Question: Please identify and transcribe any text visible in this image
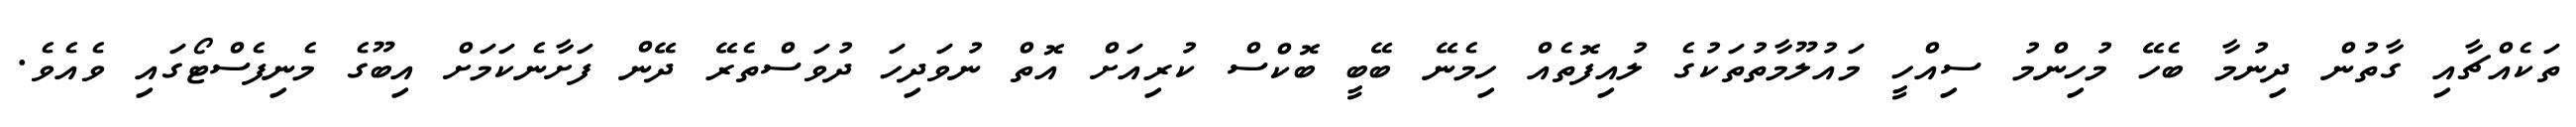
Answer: ތަކެއްޗާއި ގާތުން ދިނުމާ ބެހޭ މުހިންމު ސިއްހީ މައުލޫމާތުތަކުގެ ލުއިފޮތެއް ހިމެނޭ ބޭބީ ބޮކްސް ކުރިއަށް އޮތް ނުވަދިހަ ދުވަސްތެރޭ ދޭން ފަށާނެކަމަށް އިބޫގެ މެނިފެސްޓޯގައި ވެއެވެ.